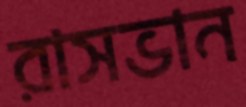
রাসভান